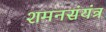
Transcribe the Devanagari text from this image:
शमनसंयंत्र